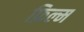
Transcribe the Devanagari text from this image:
फ़िल्म